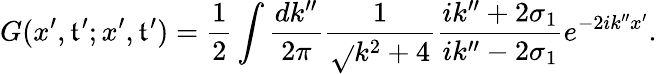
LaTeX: G(x^{\prime},\mathfrak{t}^{\prime};x^{\prime},\mathfrak{t}^{\prime})=\frac{{1}}{{2}}\int\frac{{dk^{\prime\prime}}}{{2\pi}}\frac{{1}}{{\sqrt{}{{k^{2}+4}}}}\frac{{ik^{\prime\prime}+2\sigma_{1}}}{{ik^{\prime\prime}-2\sigma_{1}}}e^{-2ik^{\prime\prime}x^{\prime}}.